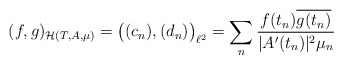
\begin{align*}(f, g)_{\mathcal{H}(T,A,\mu)} = \big((c_n), (d_n)\big)_{\ell^2}= \sum_n \frac{f(t_n) \overline{g(t_n)}}{|A'(t_n)|^2 \mu_n}\end{align*}